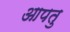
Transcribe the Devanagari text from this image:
आपतु